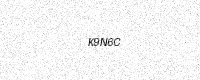
Text: K9N6C